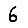
Digit: 6